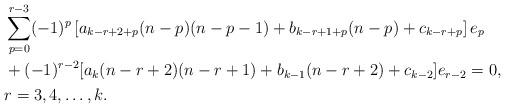
LaTeX: \begin{align*} & \sum_{p=0}^{r-3} (-1)^p \left[a_{k-r+2+p} (n-p)(n-p-1) + b_{k-r+1+p} (n-p) + c_{k-r+p}\right] e_p \\ & + (-1)^{r-2} [a_k (n-r+2)(n-r+1) + b_{k-1} (n-r+2) + c_{k-2}] e_{r-2} = 0, \\ & r=3, 4, \ldots, k.\end{align*}